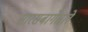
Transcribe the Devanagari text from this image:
सारसबागेतले